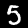
Digit: 5